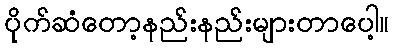
ပိုက်ဆံတော့နည်းနည်းများတာပေါ့။